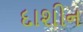
દાશીન